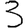
Digit: 3